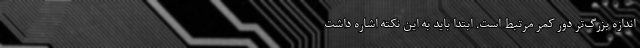
اندازه بزرگ‌تر دور کمر مرتبط است. ابتدا باید به این نکته اشاره داشت